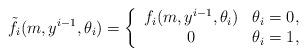
LaTeX: \begin{align*} \tilde{f}_{i}(m,y^{i-1},\theta_i)=\left\{\begin{array}{cc} f_{i}(m,y^{i-1},\theta_i) & \theta_i=0, \\ 0 & \theta_i=1, \end{array}\right.\end{align*}